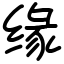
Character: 缘